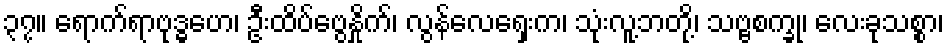
၃၇။ ရောက်ရာဗုဒ္ဓဟေ၊ ဦးထိပ်ဗွေနှိုက်၊ လွန်လေရှေးက၊ သုံးလူ့ဘတို့၊ သဗ္ဗစက္ခု၊ လေးခုသစ္စာ၊